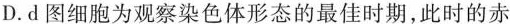
D.d图细胞为观察染色体形态的最佳时期，此时的赤